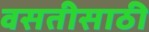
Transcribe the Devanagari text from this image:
वसतीसाठी